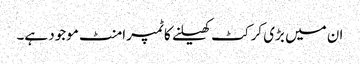
ان میں بڑی کرکٹ کھیلنے کا ٹمپرامنٹ موجود ہے۔